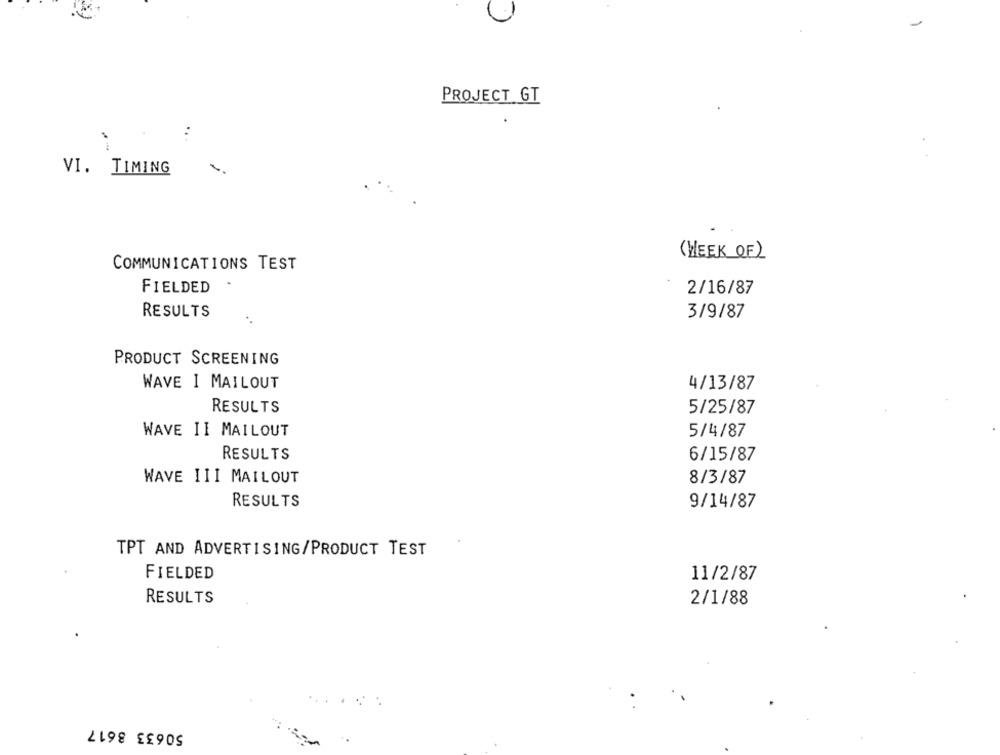
-
PROJECT GT
VI. TIMING
(WEEK OF)
COMMUNICATIONS TEST
FIELDED
2/16/87
RESULTS
3/9/87
. .
PRODUCT SCREENING
WAVE I MAILOUT
4/13/87
RESULTS
5/25/87
WAVE II MAILOUT
5/4/87
RESULTS
6/15/87
WAVE III MAILOUT
8/3/87
RESULTS
9/14/87
TPT AND ADVERTISING/PRODUCT TEST
FIELDED
11/2/87
RESULTS
2/1/88
50633 8617